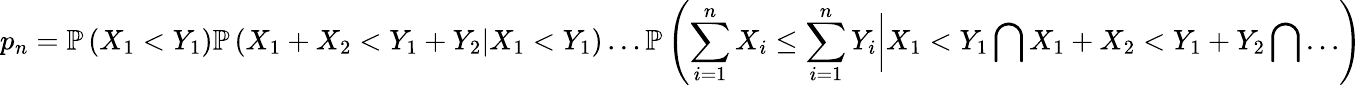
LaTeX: p_{n}=\mathbb{P}\left(X_{1}<Y_{1}\right)\mathbb{P}\left(X_{1}+X_{2}<Y_{1}+Y_{2}|X_{1}<Y_{1}\right)\ldots\mathbb{P}\left(\sum_{i=1}^{n}X_{i}\leq\sum_{i=1}^{n}Y_{i}\bigg|X_{1}<Y_{1}\bigcap X_{1}+X_{2}<Y_{1}+Y_{2}\bigcap\ldots\right)